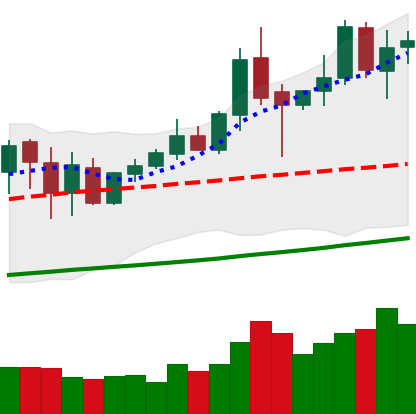
Ticker: XMR-USD
Chart end date: 2020-10-08
Forward return: 15.208%
Label: up_7plus